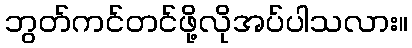
ဘွတ်ကင်တင်ဖို့လိုအပ်ပါသလား။